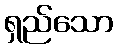
ရှည်သော